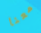
معنا